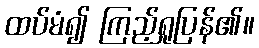
ထပ်မံ၍ ကြည့်ရှုပြန်၏။